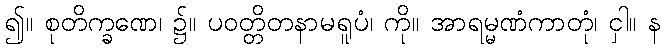
၍။ စုတိက္ခဏေ၊ ၌။ ပဝတ္တိတနာမရူပံ၊ ကို။ အာရမ္မဏံကာတုံ၊ ငှါ။ န